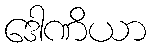
ဒေါဏိယာ